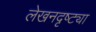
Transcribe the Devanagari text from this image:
लेखनदृष्ट्या